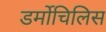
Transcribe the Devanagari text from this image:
डर्मोचिलिस